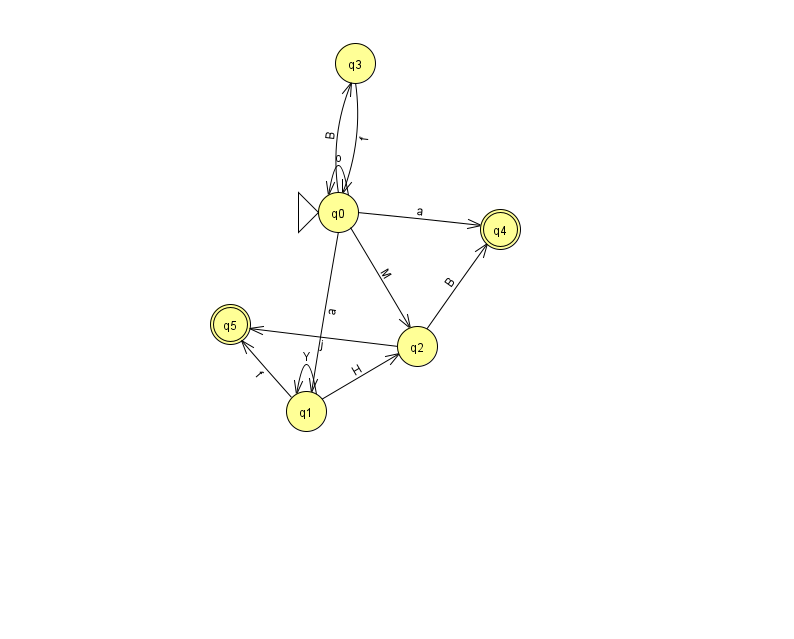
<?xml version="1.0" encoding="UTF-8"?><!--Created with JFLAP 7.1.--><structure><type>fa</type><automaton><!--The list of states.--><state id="0" name="q0"><x>338.0</x><y>199.0</y><initial/></state><state id="1" name="q1"><x>306.0</x><y>398.0</y></state><state id="2" name="q2"><x>417.0</x><y>333.0</y></state><state id="3" name="q3"><x>355.0</x><y>50.0</y></state><state id="4" name="q4"><x>500.0</x><y>216.0</y><final/></state><state id="5" name="q5"><x>230.0</x><y>311.0</y><final/></state><!--The list of transitions.--><transition><from>0</from><to>1</to><read>a</read></transition><transition><from>0</from><to>2</to><read>M</read></transition><transition><from>1</from><to>5</to><read>f</read></transition><transition><from>2</from><to>4</to><read>B</read></transition><transition><from>2</from><to>5</to><read>j</read></transition><transition><from>1</from><to>2</to><read>H</read></transition><transition><from>1</from><to>1</to><read>Y</read></transition><transition><from>3</from><to>0</to><read>f</read></transition><transition><from>0</from><to>4</to><read>a</read></transition><transition><from>0</from><to>0</to><read>o</read></transition><transition><from>0</from><to>3</to><read>B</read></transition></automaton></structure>